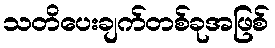
သတိပေးချက်တစ်ခုအဖြစ်